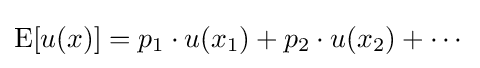
\operatorname {E} [u(x)]=p_{1}\cdot u(x_{1})+p_{2}\cdot u(x_{2})+\cdots